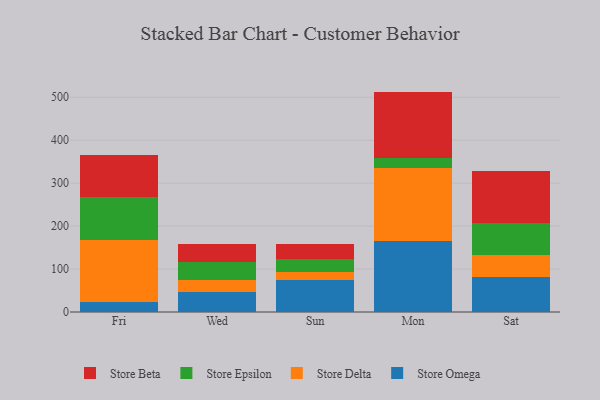
{"axis": {"x": "Day", "y": "Energy Usage (MWh)"}, "legend": ["Store Beta", "Store Delta", "Store Epsilon", "Store Omega"], "data": [{"x": "Fri", "y": 22.6, "type": "Store Omega"}, {"x": "Fri", "y": 144.3, "type": "Store Delta"}, {"x": "Fri", "y": 99.9, "type": "Store Epsilon"}, {"x": "Fri", "y": 99.7, "type": "Store Beta"}, {"x": "Wed", "y": 46.7, "type": "Store Omega"}, {"x": "Wed", "y": 28.1, "type": "Store Delta"}, {"x": "Wed", "y": 42.0, "type": "Store Epsilon"}, {"x": "Wed", "y": 40.7, "type": "Store Beta"}, {"x": "Sun", "y": 74.8, "type": "Store Omega"}, {"x": "Sun", "y": 19.5, "type": "Store Delta"}, {"x": "Sun", "y": 30.1, "type": "Store Epsilon"}, {"x": "Sun", "y": 35.0, "type": "Store Beta"}, {"x": "Mon", "y": 164.5, "type": "Store Omega"}, {"x": "Mon", "y": 170.5, "type": "Store Delta"}, {"x": "Mon", "y": 24.7, "type": "Store Epsilon"}, {"x": "Mon", "y": 153.5, "type": "Store Beta"}, {"x": "Sat", "y": 81.7, "type": "Store Omega"}, {"x": "Sat", "y": 50.5, "type": "Store Delta"}, {"x": "Sat", "y": 74.4, "type": "Store Epsilon"}, {"x": "Sat", "y": 122.0, "type": "Store Beta"}]}